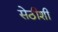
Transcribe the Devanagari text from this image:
सेठीशी